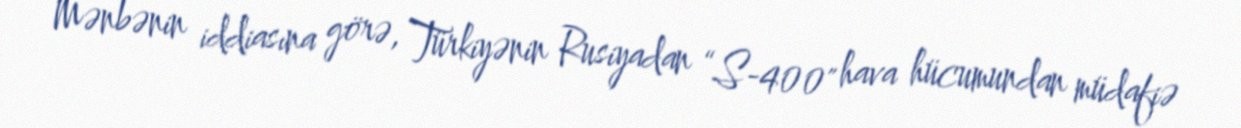
Mənbənin iddiasına görə, Türkiyənin Rusiyadan “S-400" hava hücumundan müdafiə